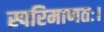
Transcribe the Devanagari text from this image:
स्परिमाणतः।